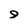
Character: 9